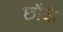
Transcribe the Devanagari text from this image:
छौके